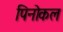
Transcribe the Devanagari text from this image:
पिनोकल